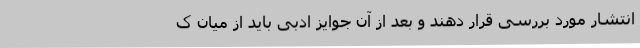
انتشار مورد بررسی قرار دهند و بعد از آن جوایز ادبی باید از میان ک